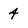
Character: 4